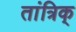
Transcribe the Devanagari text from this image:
तांत्रिक्